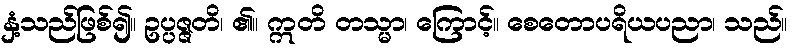
နှံ့သည်ဖြစ်၍။ ဥပ္ပဇ္ဇတိ၊ ၏။ ဣတိ တသ္မာ၊ ကြောင့်။ စေတောပရိယပညာ၊ သည်။